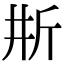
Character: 𣂗